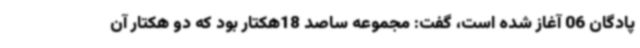
پادگان 06 آغاز شده است، گفت: مجموعه ساصد 18هکتار بود که دو هکتار آن